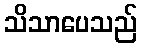
သိသာပေသည်